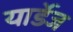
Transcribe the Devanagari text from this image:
यार्डेज